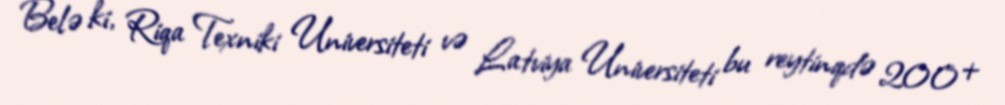
Belə ki, Riqa Texniki Universiteti və Latviya Universiteti bu reytinqdə 200+